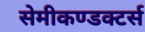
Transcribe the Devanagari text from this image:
सेमीकण्डक्टर्स